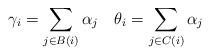
LaTeX: \begin{align*} \gamma_i = \sum_{j \in B(i)} \alpha_j \quad\theta_i = \sum_{j \in C(i)} \alpha_j \end{align*}